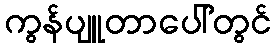
ကွန်ပျူတာပေါ်တွင်